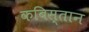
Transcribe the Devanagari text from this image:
कबिस्तान